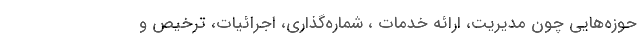
حوزه‌هایی چون مدیریت، ارائه خدمات ، شماره‌گذاری، اجرائیات، ترخیص و